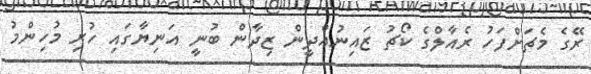
ރޭގެ މެޗަށްފަހު ރެއާލްގެ ކޯޗު ޒައިނުއްދީން ޒިދާން ބުނީ އަނިޔާގައި ހުރި މުހިންމު